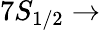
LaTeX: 7S_{1/2}\rightarrow